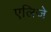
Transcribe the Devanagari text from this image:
एलिजे